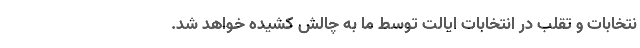
نتخابات و تقلب در انتخابات ایالت توسط ما به چالش کشیده خواهد شد.